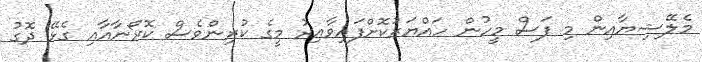
މެލޭޝިޔާއިން މި ފަސް މީހުން ހައްޔަރުކޮށްފައިވާއިރު މީގެ ކުރިންވެސް ކޮރޯނާއާއި ގެޅޭ ދޮގު